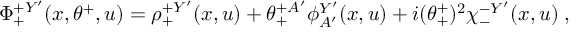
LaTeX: \Phi _ { + } ^ { + Y ^ { \prime } } ( x , \theta ^ { + } , u ) = \rho _ { + } ^ { + Y ^ { \prime } } ( x , u ) + \theta _ { + } ^ { + A ^ { \prime } } \phi _ { A ^ { \prime } } ^ { Y ^ { \prime } } ( x , u ) + i ( \theta _ { + } ^ { + } ) ^ { 2 } \chi _ { - } ^ { - Y ^ { \prime } } ( x , u ) \; ,